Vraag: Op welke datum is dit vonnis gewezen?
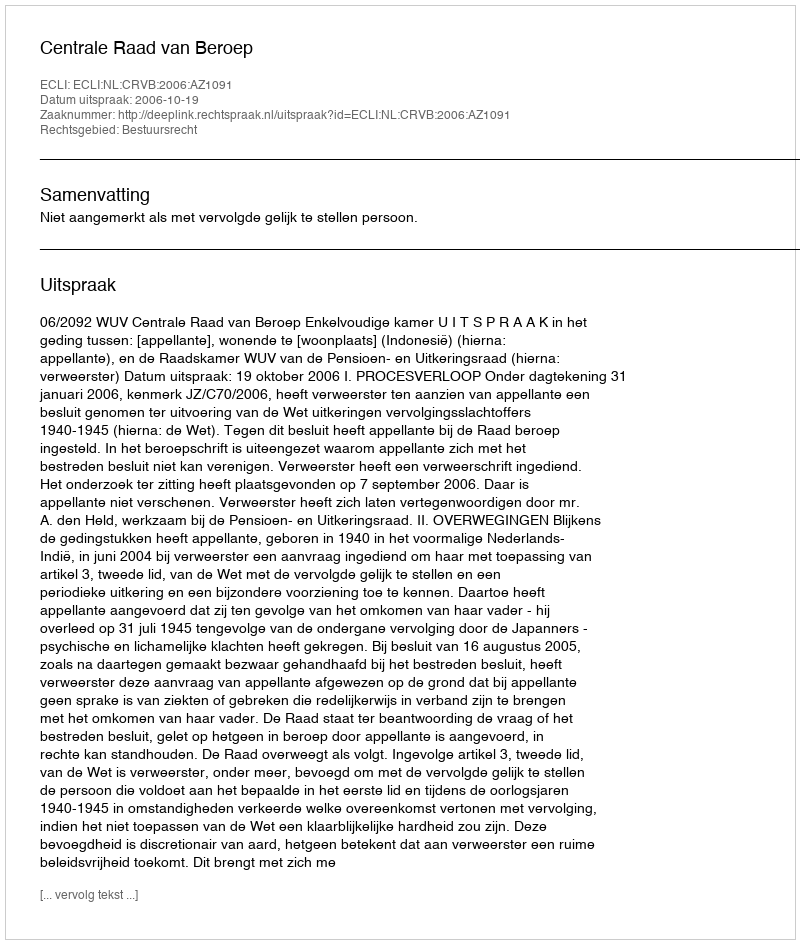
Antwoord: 2006-10-19